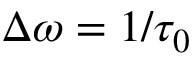
\Delta \omega = 1 / \tau _ { 0 }